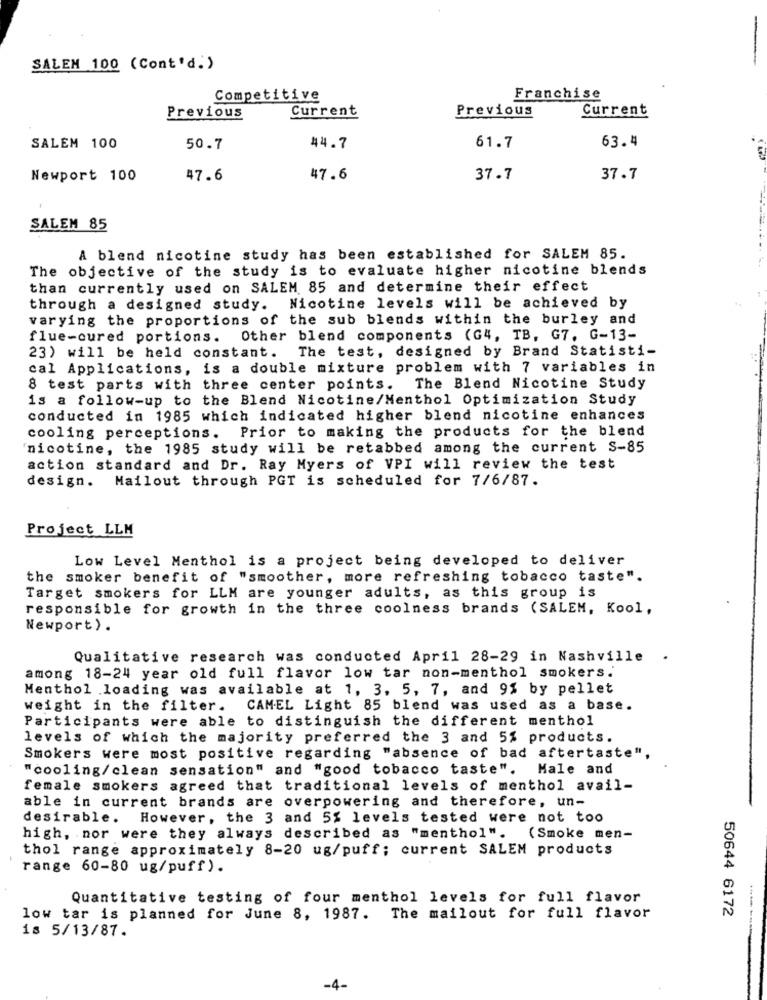
SALEM 100 (Cont'd.)
Competitive
Franchise
Current
Previous
Current
Previous
63.4
SALEM 100
50.7
44.7
61.7
Newport 100
47.6
47.6
37.7
37.7
SALEM 85
A blend nicotine study has been established for SALEM 85.
The objective of the study is to evaluate higher nicotine blends
than currently used on SALEM 85 and determine their effect
through a designed study. Nicotine levels will be achieved by
varying the proportions of the sub blends within the burley and
flue-cured portions. Other blend components (G4, TB, G7. G-13-
The test, designed by Brand Statisti-
23) will be held constant.
cal Applications, is a double mixture problem with 7 variables in
8 test parts with three center points. The Blend Nicotine Study
is a follow-up to the Blend Nicotine/Menthol Optimization Study
conducted in 1985 which indicated higher blend nicotine enhances
cooling perceptions. Prior to making the products for the blend
nicotine, the 1985 study will be retabbed among the current S-85
action standard and Dr. Ray Myers of VPI will review the test
design. Mailout through PGT is scheduled for 7/6/87.
Project LLM
Low Level Menthol is a project being developed to deliver
the smoker benefit of "smoother, more refreshing tobacco taste".
Target smokers for LLM are younger adults, as this group is
responsible for growth in the three coolness brands (SALEM, Kool,
Newport) .
Qualitative research was conducted April 28-29 in Nashville .
among 18-24 year old full flavor low tar non-menthol smokers.
Menthol loading was available at 1, 3, 5, 7, and 9% by pellet
weight in the filter. CAMEL Light 85 blend was used as a base.
Participants were able to distinguish the different menthol
levels of which the majority preferred the 3 and 5% products.
Smokers were most positive regarding "absence of bad aftertaste",
"cooling/clean sensation" and "good tobacco taste". Male and
female smokers agreed that traditional levels of menthol avail-
able in current brands are overpowering and therefore, un-
desirable.
However, the 3 and 5% levels tested were not too
high, nor were they always described as "menthol". (Smoke men-
thol range approximately 8-20 ug/puff; current SALEM products
range 60-80 ug/puff).
Quantitative testing of four menthol levels for full flavor
low tar is planned for June 8, 1987. The mailout for full flavor
50644 6172
18 5/13/87.
-4-